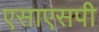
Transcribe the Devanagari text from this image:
एसाएसपी